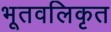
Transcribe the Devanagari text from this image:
भूतवलिकृत